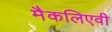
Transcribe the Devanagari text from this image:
मैकलिएवी